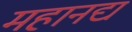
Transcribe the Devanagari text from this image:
महानद्य